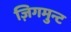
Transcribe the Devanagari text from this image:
ज़िगमुन्ट